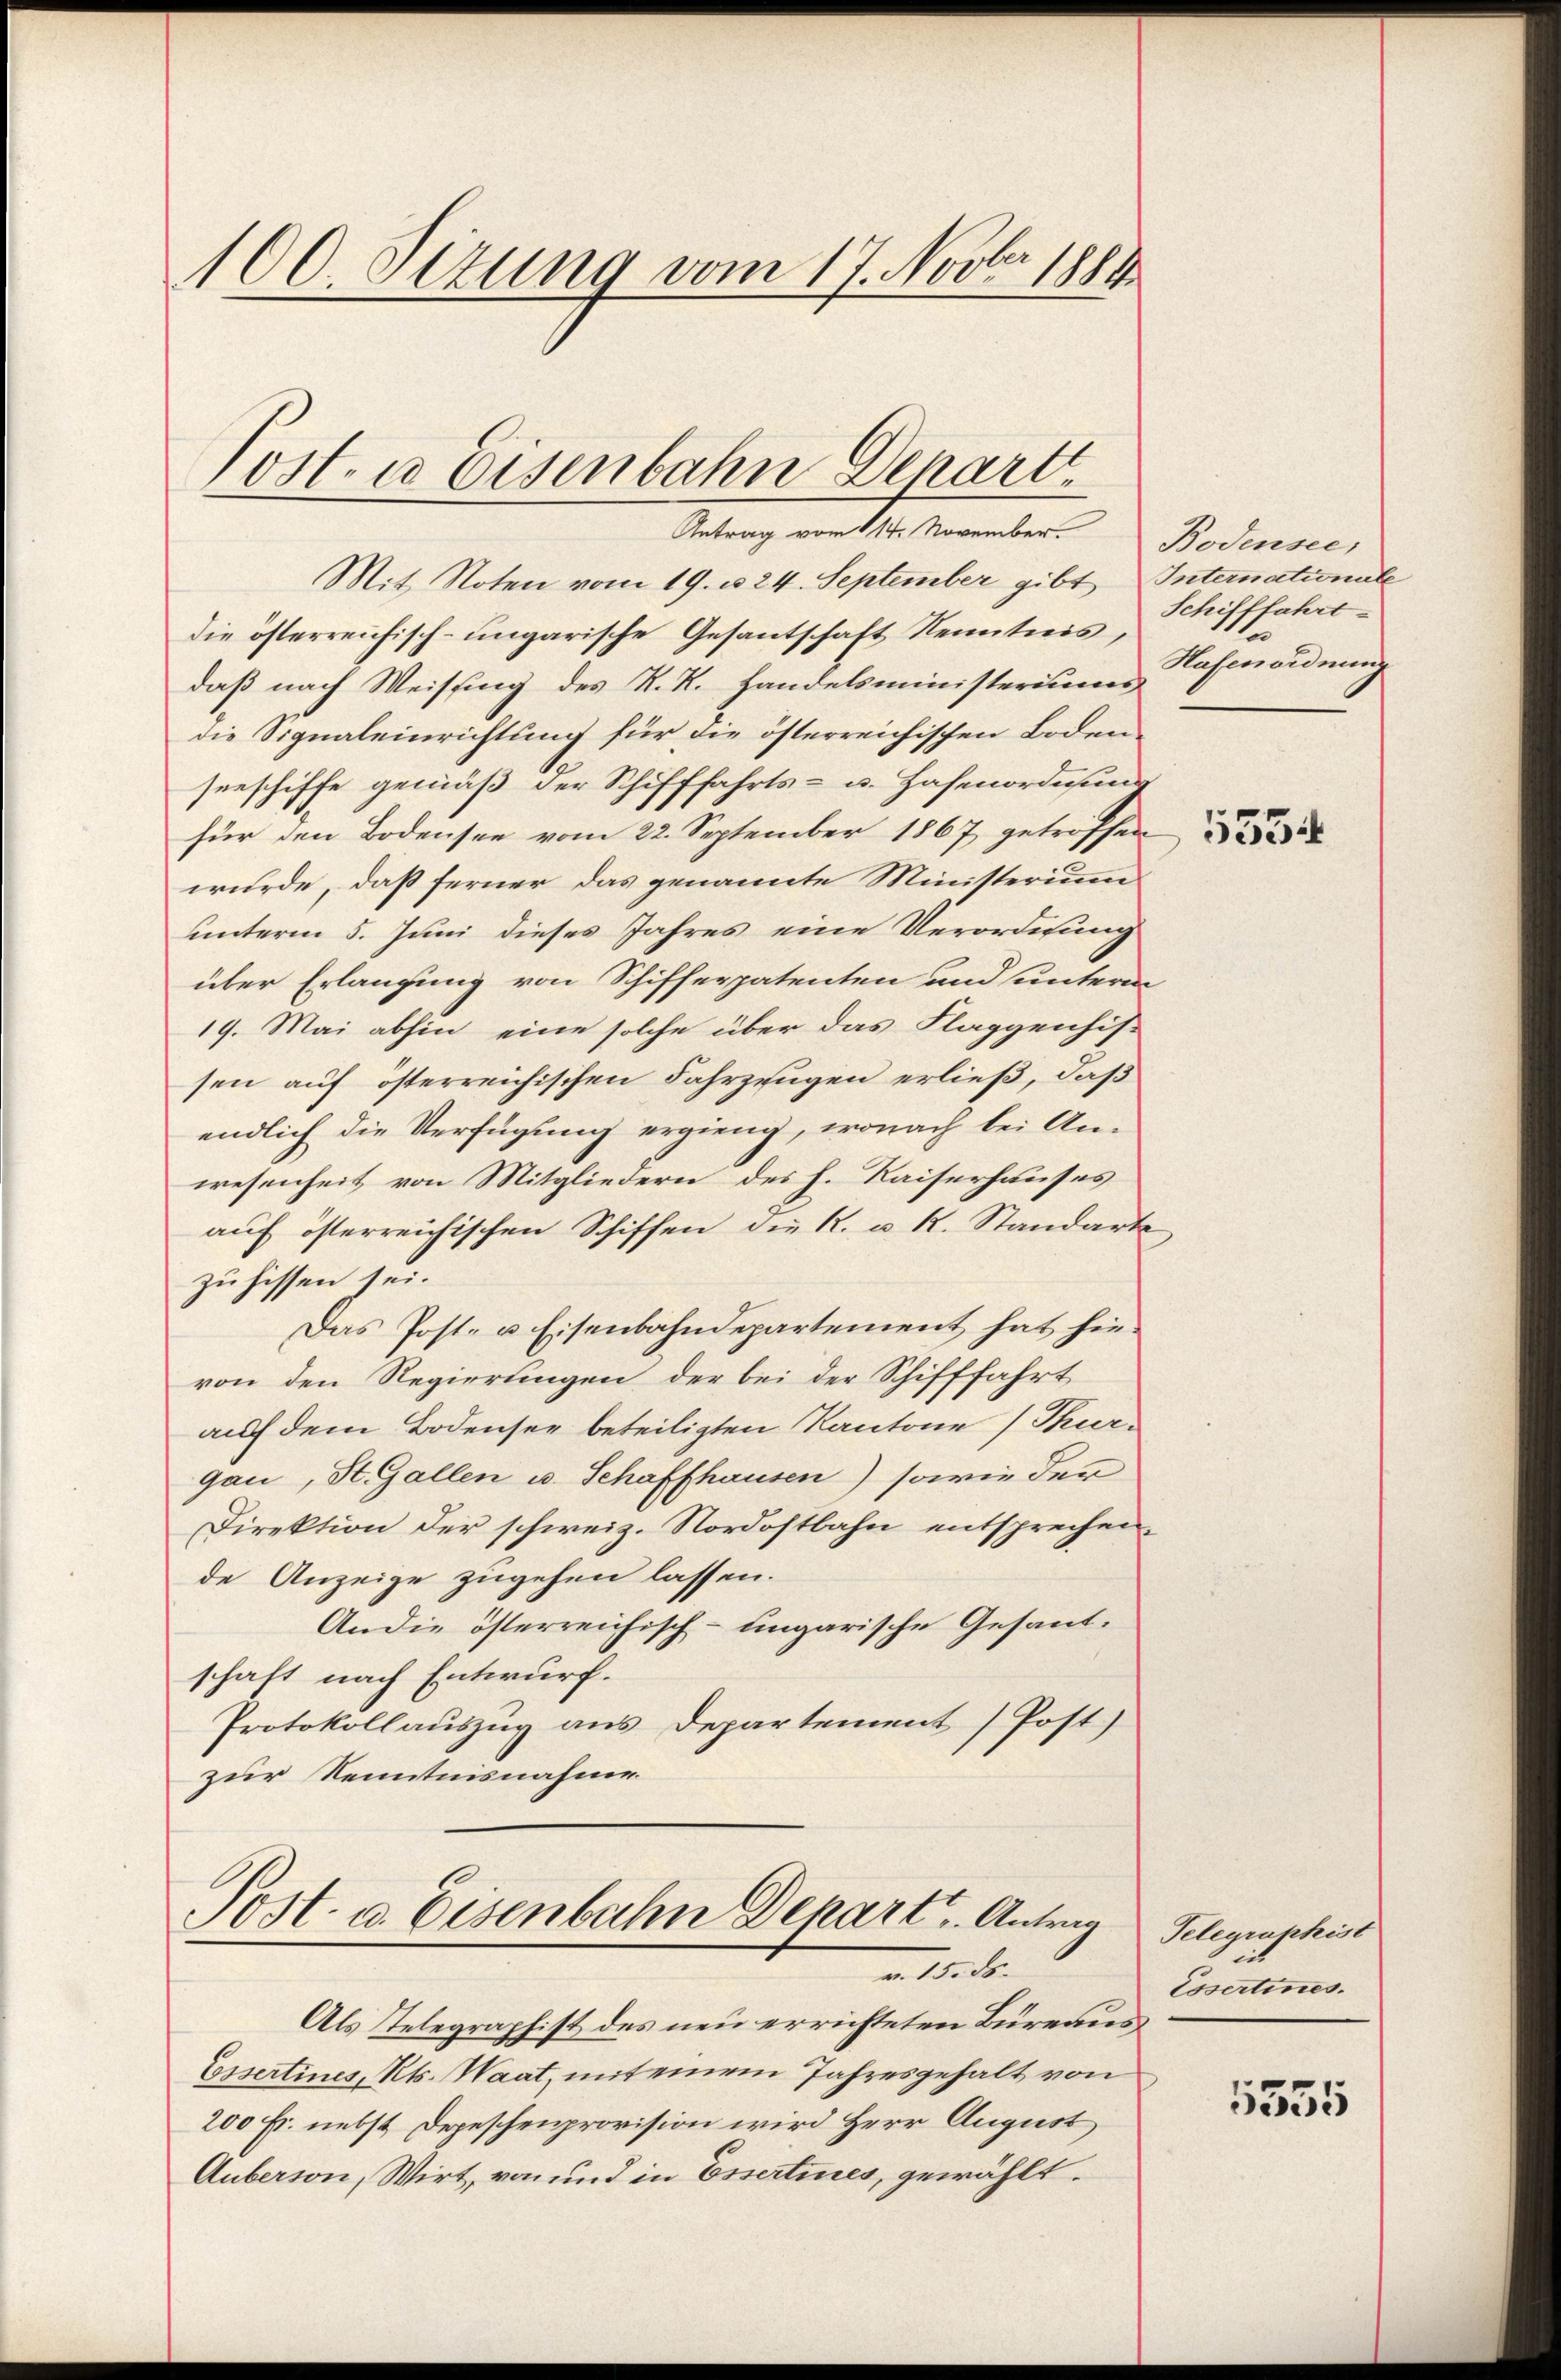
100. Ottung vom 17. Novbr 1889

Post- u. Eisenbahn Depart
Antrag vom 114. November.

Mit Noten vom 19. u. 24. September gibt Internationale
die österreichisch-ungarische Gesantschaft Kenntnis,
daß nach Weisung des R. R. Handelsministeriums
die Signaleinrichtung für die österreichischen Bodenseeschiffe gemäß der Schifffahrts- u. Hafenordnung
für den Bodensee vom 22. September 1867 getroffen
wurde, daß ferner das genannte Ministerium
unterm 5. Juni dieses Jahres eine Verordnung
über Erlangung von Schifferpatenten und unterm
19. Mai abhin eine solche über das Flaggenhissen auf österreichischen Fahrzeugen erließ, daß
endlich die Verfügung ergieng, wonach bei Anwesenheit von Mitgliedern des h. Kaiserhauses
auf österreichischen Schiffen die K. u. R. Standarte
zuhissen sei.
Das Post- u. Eisenbahndepartement hat hievon den Regierungen der bei der Schifffahrt
auf dem Bodensee beteiligten Kantone (Thur-
gau, St. Gallen u. Schaffhausen) sowie der
Direktion der schweiz. Nordostbahn entsprechen.
de Anzeige zugehen lassen.
An die österreichisch-ungarische Gesandschaft nach Entwurf.
Protokollauszug aus Departement (Post)
zur Kenntnisnahme

Post- u. Eisenbahn Depart, Antrag
m 15. ds.

Als Telegraphist des neu errichteten Bureaus¬
Essertines Kts. Waat, mit einem Jahresgehalt von
200 Fr. nebst Depeschenprovision wird Herr August
Auberson, Wirt, von und in Essertines, gewählt.

Bodensee,
Schifffahrt.
Hafenordnung

5534

Telegraphist
Essertines.

5555